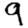
Digit: 9